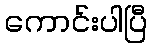
ကောင်းပါပြီ